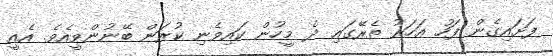
ފަށައިގެން ފަހު އަހަރު ތެރޭގައި ދެ މީހުން ކައިވެނި ކުރަން ބޭނުންވީއެވެ. އެއީ